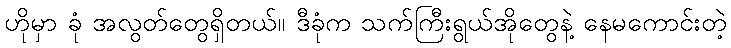
ဟိုမှာ ခုံ အလွတ်တွေရှိတယ်။ ဒီခုံက သက်ကြီးရွယ်အိုတွေနဲ့ နေမကောင်းတဲ့